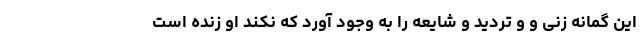
این گمانه زنی و و تردید و شایعه را به وجود آورد که نکند او زنده است